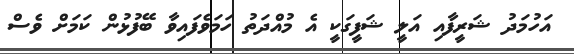
އަހުމަދު ޝަރީފާއި އަލީ ޝަފީގަކީ އެ މުއްދަތު ހަމަވެފައިވާ ބޭފުޅުން ކަމަށް ވެސް